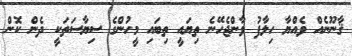
ޤާނޫނެއް ވެއްޔާ ހިލާފު ވާންޖެހޭނެ ތިޔައީ ތިބައި މީހުންގެ ސިޔާސަތަކީ ދެން ކޮން